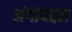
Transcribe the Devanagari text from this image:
अंगांबद्दल